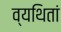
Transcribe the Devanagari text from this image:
व्यथितां